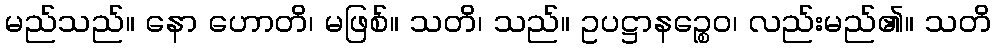
မည်သည်။ နော ဟောတိ၊ မဖြစ်။ သတိ၊ သည်။ ဥပဋ္ဌာနဉ္စေဝ၊ လည်းမည်၏။ သတိ